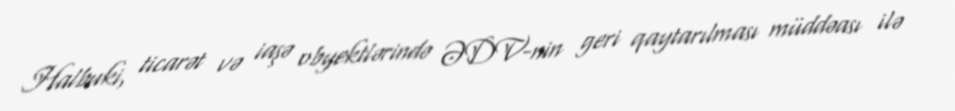
Halbuki, ticarət və iaşə obyektlərində ƏDV-nin geri qaytarılması müddəası ilə